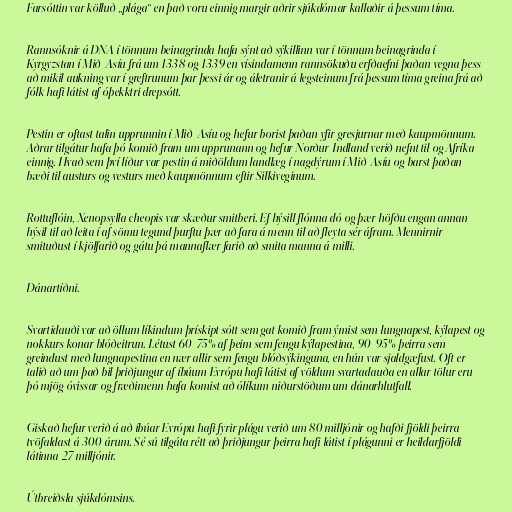
Farsóttin var kölluð „plága“ en það voru einnig margir aðrir sjúkdómar kallaðir á þessum tíma.

Rannsóknir á DNA í tönnum beinagrinda hafa sýnt að sýkillinn var í tönnum beinagrinda í
Kyrgyzstan í Mið-Asíu frá um 1338 og 1339 en vísindamenn rannsökuðu erfðaefni þaðan vegna þess
að mikil aukning var í greftrunum þar þessi ár og áletranir á legsteinum frá þessum tíma greina frá að
fólk hafi látist af óþekktri drepsótt.

Pestin er oftast talin upprunnin í Mið-Asíu og hefur borist þaðan yfir gresjurnar með kaupmönnum.
Aðrar tilgátur hafa þó komið fram um upprunann og hefur Norður-Indland verið nefnt til og Afríka
einnig. Hvað sem því líður var pestin á miðöldum landlæg í nagdýrum í Mið-Asíu og barst þaðan
bæði til austurs og vesturs með kaupmönnum eftir Silkiveginum.

Rottuflóin, Xenopsylla cheopis var skæður smitberi. Ef hýsill flónna dó og þær höfðu engan annan
hýsil til að leita í af sömu tegund þurftu þær að fara á menn til að fleyta sér áfram. Mennirnir
smituðust í kjölfarið og gátu þá mannaflær farið að smita manna á milli.

Dánartíðni.

Svartidauði var að öllum líkindum þrískipt sótt sem gat komið fram ýmist sem lungnapest, kýlapest og
nokkurs konar blóðeitrun. Létust 60-75% af þeim sem fengu kýlapestina, 90-95% þeirra sem
greindust með lungnapestina en nær allir sem fengu blóðsýkinguna, en hún var sjaldgæfust. Oft er
talið að um það bil þriðjungur af íbúum Evrópu hafi látist af völdum svartadauða en allar tölur eru
þó mjög óvissar og fræðimenn hafa komist að ólíkum niðurstöðum um dánarhlutfall.

Giskað hefur verið á að íbúar Evrópu hafi fyrir plágu verið um 80 milljónir og hafði fjöldi þeirra
tvöfaldast á 300 árum. Sé sú tilgáta rétt að þriðjungur þeirra hafi látist í plágunni er heildarfjöldi
látinna 27 milljónir.

Útbreiðsla sjúkdómsins.